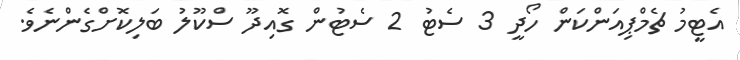
އެޓީމު ޗެމްޕިއަންކަން ހޯދީ 3 ސެޓު 2 ސެޓުން ގޮއިދޫ ސްކޫލު ބަލިކޮށްގެންނެވެ.